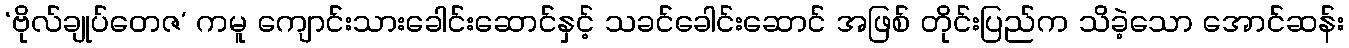
‘ဗိုလ်ချုပ်တေဇ’ ကမူ ကျောင်းသားခေါင်းဆောင်နှင့် သခင်ခေါင်းဆောင် အဖြစ် တိုင်းပြည်က သိခဲ့သော အောင်ဆန်း